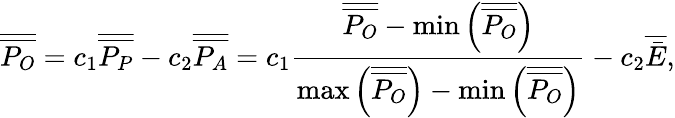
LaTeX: \overline{{\overline{{{P_{O}}}}}}={c_{1}}\overline{{\overline{{{P_{P}}}}}}-{c_{2}}\overline{{\overline{{{P_{A}}}}}}={c_{1}}\frac{{\overline{{\overline{{{P_{O}}}}}}-\operatorname*{min}\left({\overline{{\overline{{{P_{O}}}}}}}\right)}}{{\operatorname*{max}\left({\overline{{\overline{{{P_{O}}}}}}}\right)-\operatorname*{min}\left({\overline{{\overline{{{P_{O}}}}}}}\right)}}-{c_{2}}\overline{{\bar{E}}},